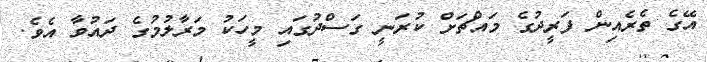
އޭގެ ތެރެއިން ފަރީދުގެ މައްޗަށް ކުރަނީ ގަސްދުގައި މީހަކު މަރާލުމުގެ ދައުވާ އެވެ.